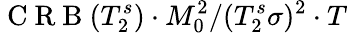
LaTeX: \mathrm{~C~R~B~}(T_{2}^{s})\cdot M_{0}^{2}/(T_{2}^{s}\sigma)^{2}\cdot T